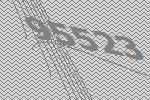
95523